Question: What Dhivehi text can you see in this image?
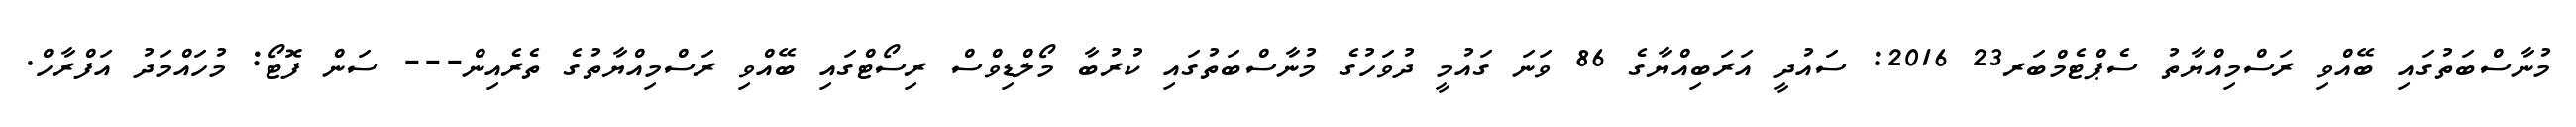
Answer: މުނާސްބަތުގައި ބޭއްވި ރަސްމިއްޔާތު ސެޕްޓެމްބަރ23 2016: ސައުދީ އަރަބިއްޔާގެ 86 ވަނަ ގައުމީ ދުވަހުގެ މުނާސްބަތުގައި ކުރުބާ މޯލްޑިވްސް ރިސޯޓްގައި ބޭއްވި ރަސްމިއްޔާތުގެ ތެރެއިން--- ސަން ފޮޓޯ: މުހައްމަދު އަފްރާހް.